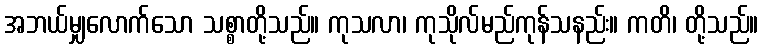
အဘယ်မျှလောက်သော သစ္စာတို့သည်။ ကုသလာ၊ ကုသိုလ်မည်ကုန်သနည်း။ ကတိ၊ တို့သည်။